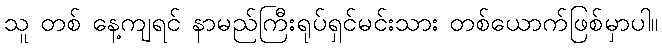
သူ တစ် နေ့ကျရင် နာမည်ကြီးရုပ်ရှင်မင်းသား တစ်ယောက်ဖြစ်မှာပါ။